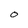
Character: O